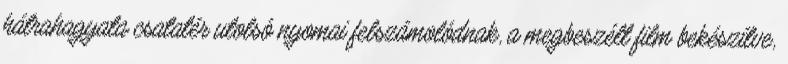
hátrahagyata csatatér utolsó nyomai felszámolódnak, a megbeszélt film bekészítve,